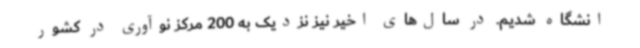
انشگاه شدیم. در سال‌های اخیر نیز نزدیک به 200 مرکز نوآوری در کشور